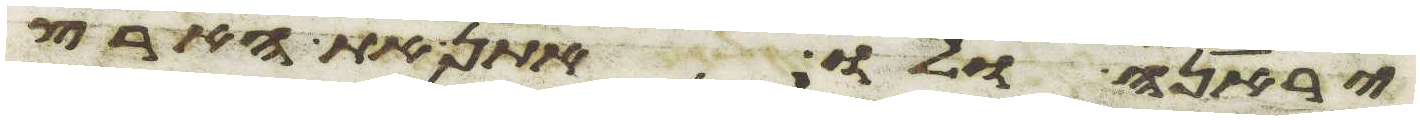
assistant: יראנה ולו אתן את הארץ